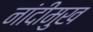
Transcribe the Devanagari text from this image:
नांदीमुख